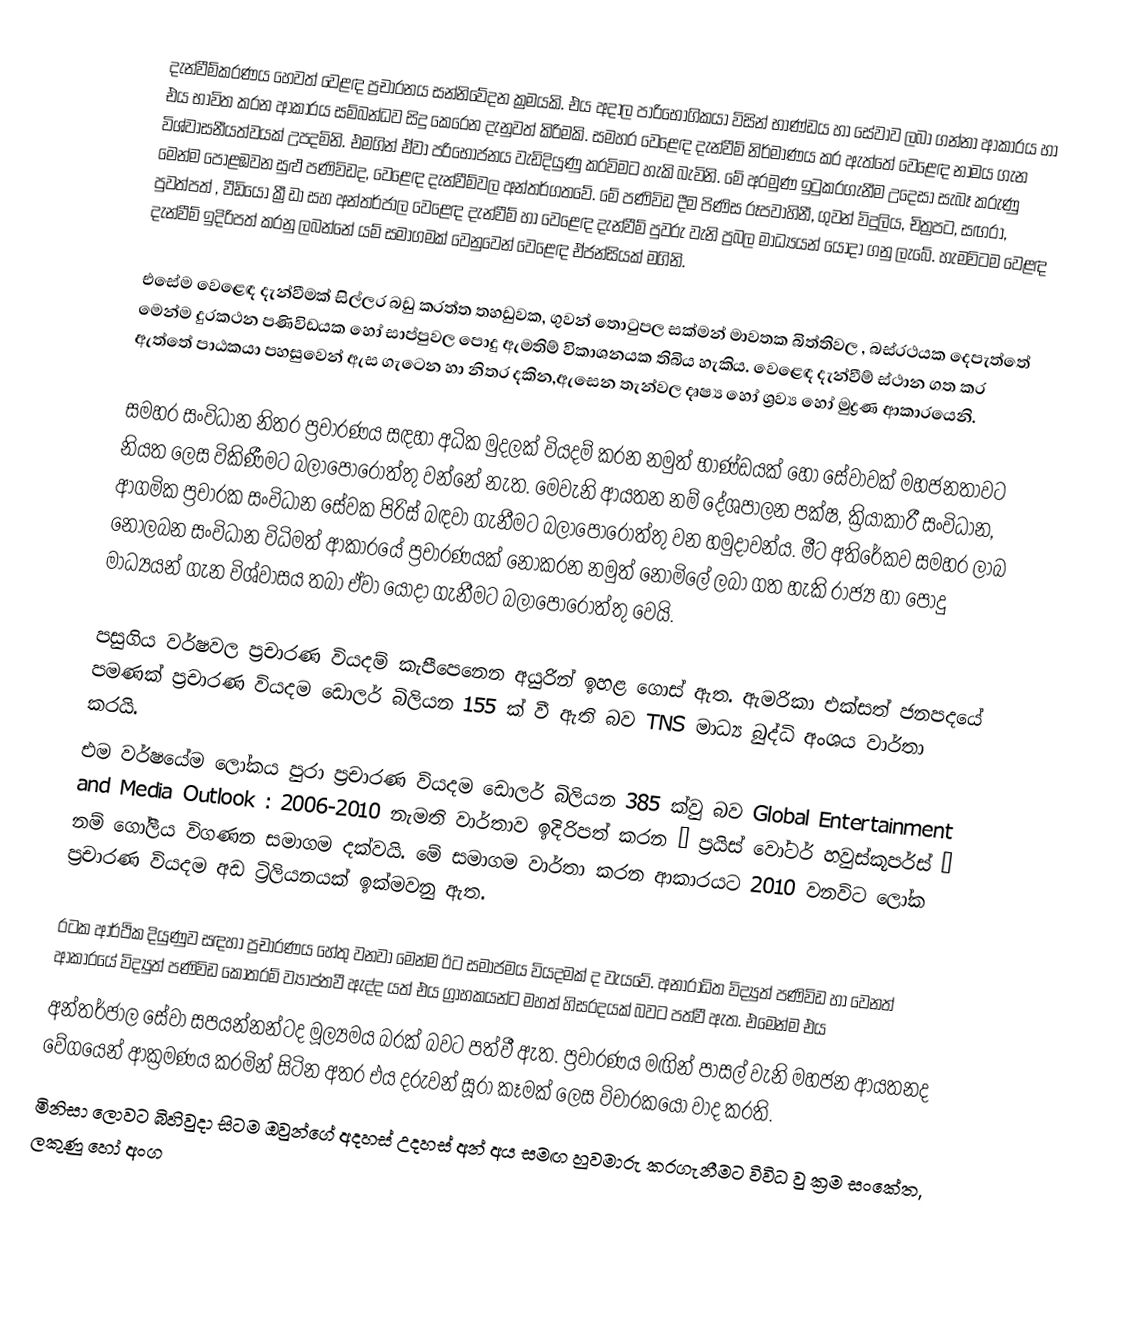
දැන්වීම්කරණය හෙවත් වෙළඳ ප්‍රචාරනය සන්නිවේදන  ක්‍රමයකි.  එය   අදාල පාරිභෝගිකයා විසින් භාණ්ඩය හා සේවාව ලබා ගන්නා ආකාරය හා එය භාවිත කරන ආකාරය  සම්බන්ධව  සිදු කෙරෙන දැනුවත් කිරිමකි. සමහර වෙළෙඳ  දැන්වීම් නිර්මාණය කර ඇත්තේ වෙළෙඳ  නාමය ගැන විශ්වාසනීයත්වයක් උපදමිනි. එමගින් ඒවා පරි‍භෝජනය වැඩිදියුණු  කරවිමට හැකි බැවිනි. මේ අරමුණ ඉටුකරගැනීම උදෙසා සැබෑ කරුණු මෙන්ම පොළඹවන  සුළු පණිවිඩද,  වෙළෙඳ දැන්වීම්වල අන්තර්ගතවේ. මේ පණිවිඩ දීම පිණිස රූපවාහිනී, ගුවන් විදුලිය, චිත්‍රපට, සඟරා, පුවත්‍පත් , වීඩියෝ ක්‍රීඩා  සහ අන්තර්ජාල වෙළෙඳ දැන්වීම් හා වෙළෙඳ  දැන්වීම්  පුවරු වැනි ප්‍රබල මාධ්‍යයන්  යොදා ගනු ලැබේ. හැමවිටම වෙළඳ  දැන්වීම් ඉදිරිපත් කරනු ලබන්නේ යම් සමාගමක් වෙනුවෙන් වෙළෙඳ ඒජන්සියක් මගිනි.

එසේම වෙළෙඳ දැන්වීමක් සිල්ලර බඩු කරත්ත තහඩුවක, ගුවන් තොටුපල සක්මන් මාවතක බිත්තිවල , බස්රථයක ‍දෙපැත්තේ මෙන්ම දුරකථන පණිවිඩයක හෝ  සාප්පුවල පොදු ඇමතිම් විකාශනයක තිබිය හැකිය. වෙළෙඳ දැන්වීම් ස්ථාන ගත කර ඇත්තේ පාඨකයා පහසුවෙන් ඇස ගැටෙන හා නිතර දකින,ඇසෙන තැන්වල දෘෂ්‍ය හෝ ශ්‍රව්‍ය හෝ මුද්‍රණ ආකාරයෙනි.

සමහර  සංවිධාන  නිතර   ප්‍රචාරණය  සඳහා  අධික  මුදලක්  වියදම්  කරන  නමුත්   භාණ්ඩයක් හෝ සේවාවක් මහජනතාවට නියත ලෙස විකිණීමට   බලාපොරොත්තු  වන්නේ නැත. මෙවැනි  ආයතන  නම්  දේශපාලන පක්ෂ, ක්‍රියාකාරී සංවිධාන, ආගමික ප්‍රචාරක සංවිධාන සේවක පිරිස් බඳවා ගැනීමට බලාපොරොත්තු වන හමුදාවන්ය. මීට අතිරේකව සමහර ලාබ නොලබන සංවිධාන විධිමත් ආකාරයේ ප්‍රචාරණයක් නොකරන නමුත් නොමිලේ ලබා ගත හැකි රාජ්‍ය හා පොදු මාධ්‍යයන් ගැන විශ්වාසය තබා ඒවා යොදා ගැනීමට   බලාපොරොත්තු වෙයි.

පසුගිය වර්ෂවල ප්‍රචාරණ වියදම් කැපීපෙනෙන අයුරින් ඉහළ ගොස් ඇත. ඇමරිකා එක්සත් ජනපදයේ  පමණක්  ප්‍රචාරණ වියදම ඩොලර්  බිලියන 155 ක් වී ඇති  බව TNS මාධ්‍ය බුද්ධි අංශය වාර්තා කරයි.
එම  වර්ෂයේම  ලෝකය  පුරා   ප්‍රචාරණ  වියදම  ඩොලර්  බිලියන 385 ක්වු බව  Global  Entertainment  and  Media  Outlook : 2006-2010 නැමති වාර්තාව  ඉදිරිපත් කරන “ ප්‍රයිස් වෝටර් හවුස්කූපර්ස් ” නම් ගෝලීය විගණන සමාගම දක්වයි.  මේ සමාගම වාර්තා  කරන ආකාරයට 2010 වනවිට ලෝක  ප්‍රචාරණ වියදම අඩ  ට්‍රිලියනයක් ඉක්මවනු ඇත.

රටක  ආර්ථික දියුණුව  සඳහා ප්‍රචාරණය හේතු වනවා මෙන්ම ඊට සමාජමය වියදමක්  ද වැයවේ. අනාරාධිත විද්‍යුත් පණිවිඩ හා වෙනත් ආ‍‍කාරයේ විද්‍යුත්  පණිවිඩ කොතරම්  ව්‍යාප්තවී ඇද්ද යත් එය ග්‍රාහකයන්ට මහත් හිසරදයක් බවට පත්වී ඇත. එමෙන්ම එය
අන්තර්ජාල සේවා සපයන්නන්ටද මූල්‍යමය බරක් බවට පත්වී ඇත. ප්‍රචාරණය මඟින් පාසල් වැනි මහජන ආයතනද වේගයෙන් ආක්‍රමණය කරමින් සිටින අතර එය   දරුවන්  සූරා කෑමක් ලෙස විචාරකයෝ වාද කරති.
මිනිසා ලොවට බිහිවුදා සිටම ඔවුන්ගේ අදහස් උදහස් අන් අය සමඟ හුවමාරු කරගැනීමට විවිධ වු ක්‍රම සංකේත, ලකුණු හෝ අංග